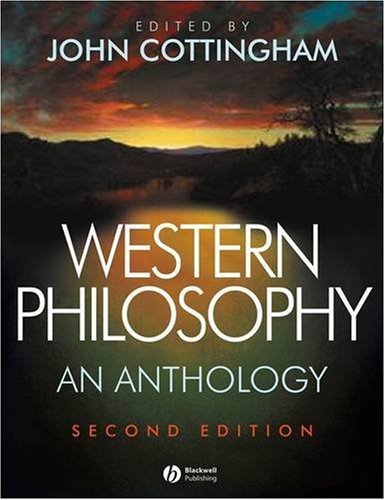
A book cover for Western Philosophy: An Anthology; John G. Cottingham; Politics & Social Sciences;